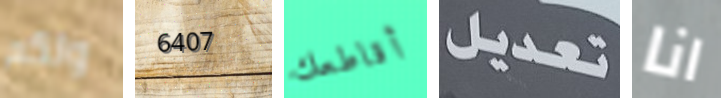
ولكم 6407 أقاطعك تعديل انا